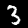
Digit: 3